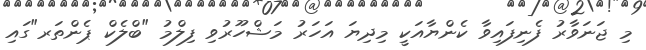
މި ޖަނަވާރު ފެނިފައިވާ ކެންޔާއަކީ މިދިޔަ އަހަރު މަޝްހޫރުވި ފިލްމު "ބްލެކް ޕެންތަރ"ގައި